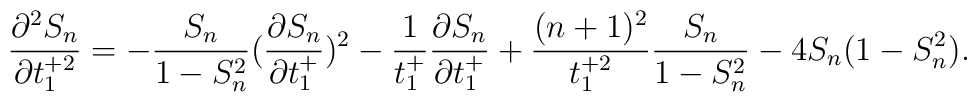
\frac{\partial^{2} S_{n}}{\partial t_{1}^{+2}}=-\frac{S_{n}}{1-S_{n}^{2}}(\frac{\partial S_{n}}{\partial t_{1}^{+}})^{2}-\frac{1}{t_{1}^{+}}\frac{\partial S_{n}}{\partial t_{1}^{+}}+\frac{(n+1)^{2}}{t_{1}^{+2}}\frac{S_{n}}{1-S_{n}^{2}}-4S_{n}(1-S_{n}^{2}).